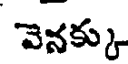
వెనక్కు